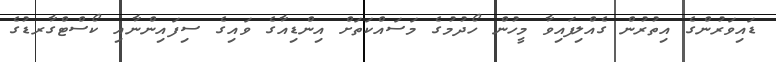
ޑައިވަރުންގެ އިތުރުން ގެއްލިފައިވާ މީހުން ހޯދުމުގެ މަސައްކަތަށް އިންޑިއާގެ ވައިގެ ސިފައިންނާއި ކޯސްޓްގާރޑުގެ